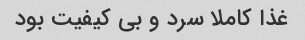
غذا کاملا سرد و بی کیفیت بود